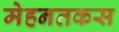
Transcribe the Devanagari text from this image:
मेहनतकस